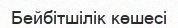
Бейбітшілік көшесі